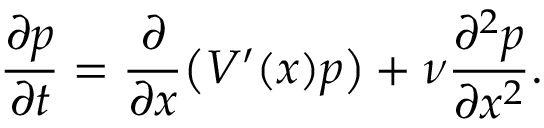
\frac { \partial p } { \partial t } = \frac { \partial } { \partial x } \big ( V ^ { \prime } ( x ) p \big ) + \nu \frac { \partial ^ { 2 } p } { \partial x ^ { 2 } } .